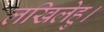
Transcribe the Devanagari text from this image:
लखिलेहु।